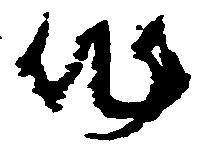
作